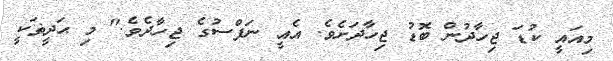
މިއައީ ކުޑަ ޖިހާދުން ބޮޑު ޖިހާދަށެވެ. އެއީ ނަފްސުގެ ޖިހާދެވެ." މި ޙަދީޡަކީ